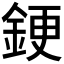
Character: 𫒝